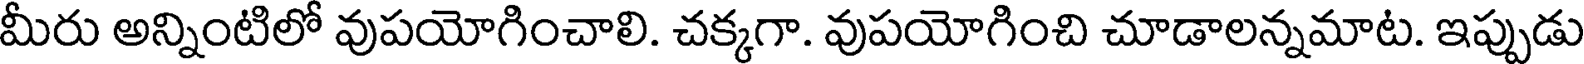
మీరు అన్నింటిలో వుపయోగించాలి. చక్కగా. వుపయోగించి చూడాలన్నమాట. ఇప్పుడు